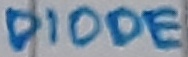
Text: DIODE